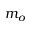
m _ { o }